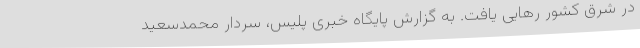
در شرق کشور رهایی یافت. به گزارش پایگاه خبری پلیس، سردار محمدسعید